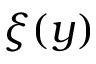
\xi ( y )